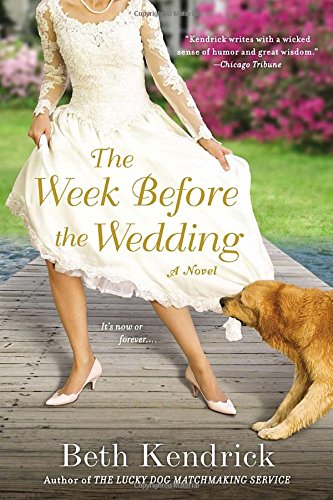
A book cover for The Week Before the Wedding; Beth Kendrick; Literature & Fiction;